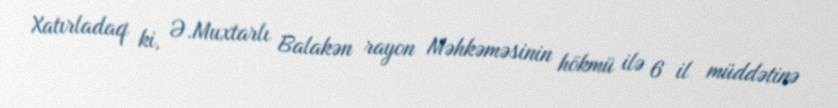
Xatırladaq ki, Ə.Muxtarlı Balakən rayon Məhkəməsinin hökmü ilə 6 il müddətinə